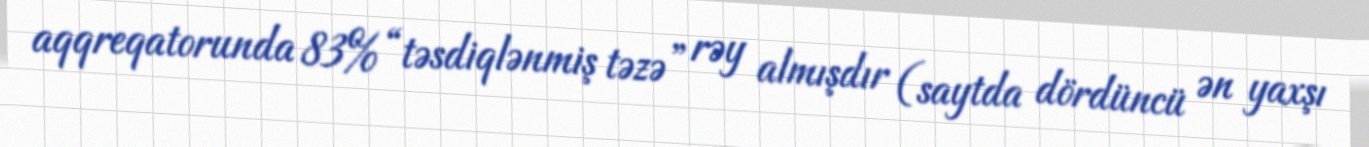
aqqreqatorunda 83% “təsdiqlənmiş təzə” rəy almışdır (saytda dördüncü ən yaxşı